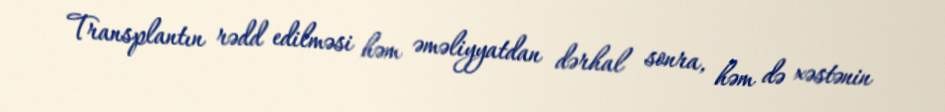
Transplantın rədd edilməsi həm əməliyyatdan dərhal sonra, həm də xəstənin